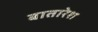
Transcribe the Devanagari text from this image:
बातारेश